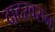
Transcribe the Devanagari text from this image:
दादरवरुन